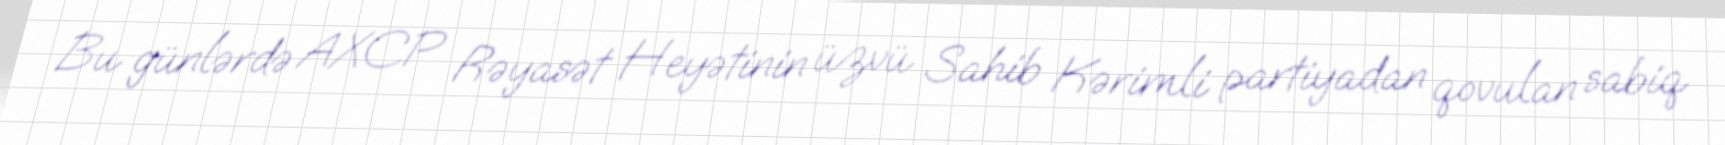
Bu günlərdə AXCP Rəyasət Heyətinin üzvü Sahib Kərimli partiyadan qovulan sabiq